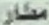
مطار